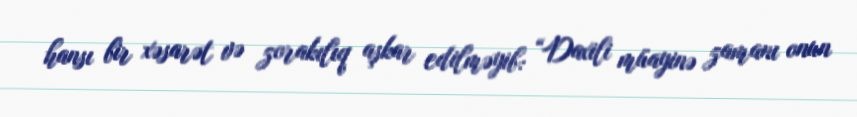
hansı bir xəsarət və zorakılıq aşkar edilməyib: “Daxili müayinə zamanı onun